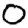
Digit: 0